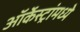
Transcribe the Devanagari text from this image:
ऑर्केस्ट्रांमध्ये